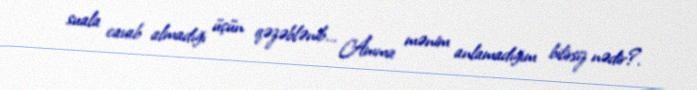
suala cavab almadığı üçün qəzəblənib... Amma mənim anlamadığım bilirsiz nədir?.